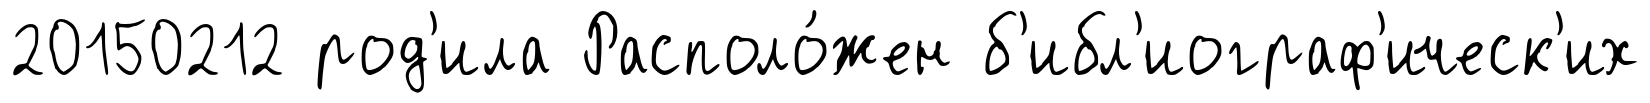
20150212 род'ила Располо́жен б'ибл'иограф'ическ'их